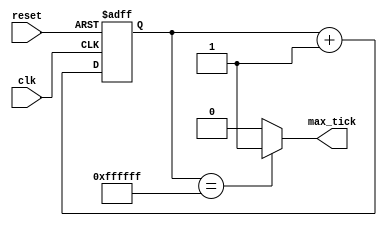
`timescale 1ns / 1ps
//////////////////////////////////////////////////////////////////////////////////
// Company: 
// Engineer: 
// 
// Design Name: 
// Module Name:    free_bin_counter 
// Project Name: 
// Target Devices: 
// Tool versions: 
// Description: 
//
// Dependencies: 
//
// Revision: 
// Revision 0.01 - File Created
// Additional Comments: 
//
//////////////////////////////////////////////////////////////////////////////////
module free_bin_counter
	#(parameter N=24) // less than 1Hz?
	(
	input wire clk, reset,
	output wire max_tick
    );

	reg [N-1:0] r_reg;
	wire [N-1:0] r_next;
	
	always @(posedge clk, posedge reset)
		if(reset)
			r_reg <= 0;
		else
			r_reg <= r_next;
	
	assign r_next = r_reg + 1;
	assign max_tick = (r_reg == 2**N -1) ? 1'b1 : 1'b0;

endmodule